Elephants and their diseases
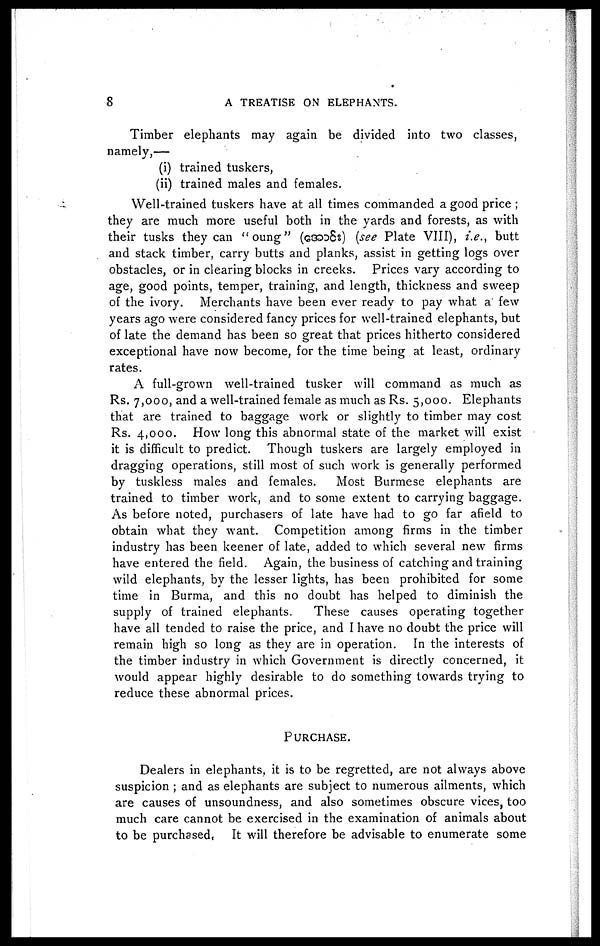
8
A TREATISE ON ELEPHANTS.
Timber elephants may again be divided into two classes,
namely,—
(i) trained tuskers,
(ii) trained males and females.
Well-trained tuskers have at all times commanded a good price ;
they are much more useful both in the yards and forests, as with
their tusks they can "oung" (g3dd8s) (see Plate VIII), i.e., butt
and stack timber, carry butts and planks, assist in getting logs over
obstacles, or in clearing blocks in creeks. Prices vary according to
age, good points, temper, training, and length, thickness and sweep
of the ivory. Merchants have been ever ready to pay what a' few
years ago were considered fancy prices for well-trained elephants, but
of late the demand has been so great that prices hitherto considered
exceptional have now become, for the time being at least, ordinary
rates.
A full-grown well-trained tusker will command as much as
Rs. 7,000, and a well-trained female as much as Rs. 5,000. Elephants
that are trained to baggage work or slightly to timber may cost
Rs. 4,000. How long this abnormal state of the market will exist
it is difficult to predict. Though tuskers are largely employed in
dragging operations, still most of such work is generally performed
by tuskless males and females.
Most Burmese elephants are
trained to timber work, and to some extent to carrying baggage.
As before noted, purchasers of late have had to go far afield to
obtain what they want. Competition among firms in the timber
industry has been keener of late, added to which several new firms
have entered the field. Again, the business of catching and training
wild elephants, by the lesser lights, has been prohibited for some
time in Burma, and this no doubt has helped to diminish the
supply of trained elephants.
These causes operating together
have all tended to raise the price, and I have no doubt the price will
remain high so long as they are in operation. In the interests of
the timber industry in which Government is directly concerned, it
would appear highly desirable to do something towards trying to
reduce these abnormal prices.
PURCHASE.
Dealers in elephants, it is to be regretted, are not always above
suspicion ; and as elephants are subject to numerous ailments, which
are causes of unsoundness, and also sometimes obscure vices, too
much care cannot be exercised in the examination of animals about
to be purchased, It will therefore be advisable to enumerate some